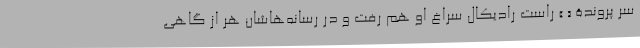
سر پروندۀ « » راست رادیکال سراغ او هم رفت و در رسانه‌هاشان هر از گاهی